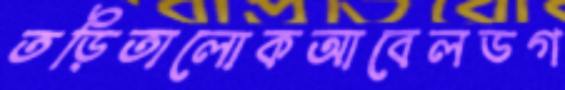
তড়িতালোকআবেলডগ